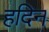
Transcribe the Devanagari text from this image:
हदिन